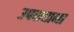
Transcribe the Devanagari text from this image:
उपसताना